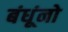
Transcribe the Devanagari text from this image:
बंधूंनो